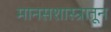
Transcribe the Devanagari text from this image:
मानसशास्त्रातून